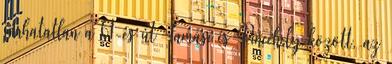
járhatatlan a 61-es út Tamási és Pincehely között, az